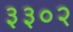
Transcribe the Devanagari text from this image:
३३०२